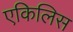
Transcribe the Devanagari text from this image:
एकिलिस